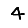
Digit: 4